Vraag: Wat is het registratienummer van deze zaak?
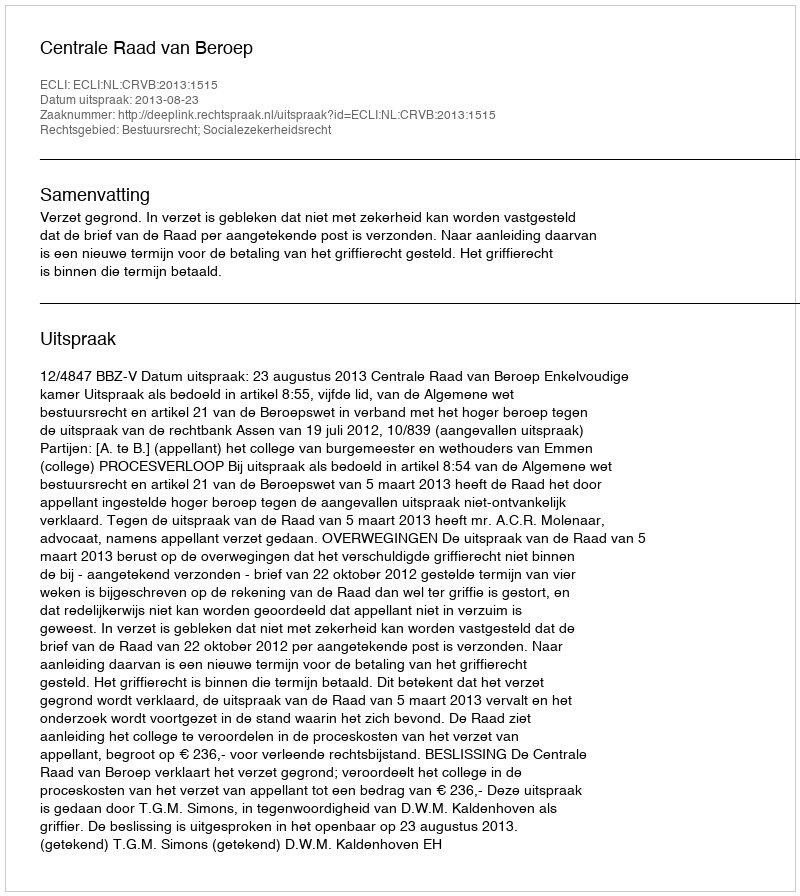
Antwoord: http://deeplink.rechtspraak.nl/uitspraak?id=ECLI:NL:CRVB:2013:1515